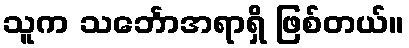
သူက သင်္ဘောအရာရှိ ဖြစ်တယ်။